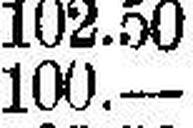
100.—